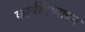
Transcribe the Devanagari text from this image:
कार्यनिष्‍पादन